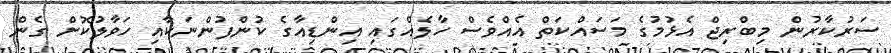
ސަރުކާރުން މިބްރިޖް އެޅުމުގެ މަސައްކަތް އެއްވެސް ހާލެއްގައި އިންޑިއާގެ ކުންފުންނަކާއި ހަވާލުކޮށް ގެން